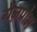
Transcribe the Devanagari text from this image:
गैज़प्रोम